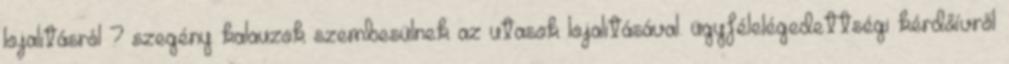
lojalitásról ? szegény kalauzok szembesülnek az utasok lojalitásával. ügyfélelégedettségi kérdőívről